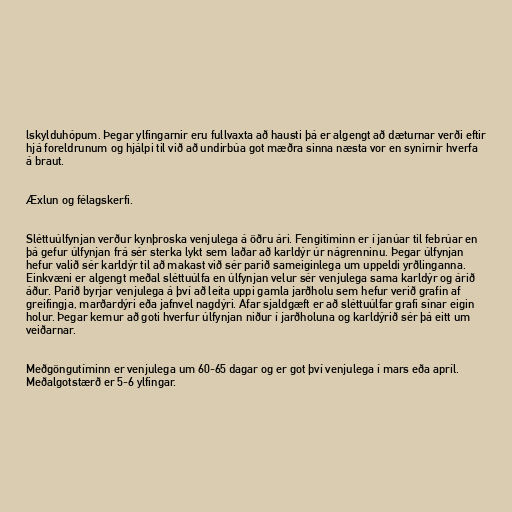
lskylduhópum. Þegar ylfingarnir eru fullvaxta að hausti þá er algengt að dæturnar verði eftir
hjá foreldrunum og hjálpi til við að undirbúa got mæðra sinna næsta vor en synirnir hverfa
á braut.

Æxlun og félagskerfi.

Sléttuúlfynjan verður kynþroska venjulega á öðru ári. Fengitíminn er í janúar til febrúar en
þá gefur úlfynjan frá sér sterka lykt sem laðar að karldýr úr nágrenninu. Þegar úlfynjan
hefur valið sér karldýr til að makast við sér parið sameiginlega um uppeldi yrðlinganna.
Einkvæni er algengt meðal sléttuúlfa en úlfynjan velur sér venjulega sama karldýr og árið
áður. Parið byrjar venjulega á því að leita uppi gamla jarðholu sem hefur verið grafin af
greifingja, marðardýri eða jafnvel nagdýri. Afar sjaldgæft er að sléttuúlfar grafi sínar eigin
holur. Þegar kemur að goti hverfur úlfynjan niður í jarðholuna og karldýrið sér þá eitt um
veiðarnar.

Meðgöngutíminn er venjulega um 60-65 dagar og er got því venjulega í mars eða apríl.
Meðalgotstærð er 5-6 ylfingar.